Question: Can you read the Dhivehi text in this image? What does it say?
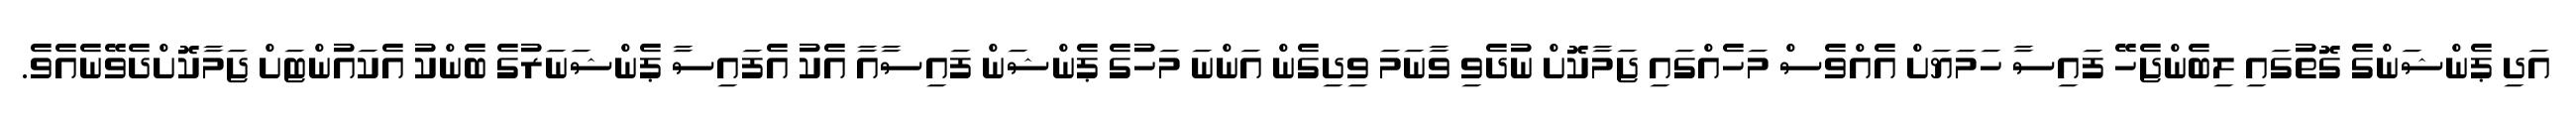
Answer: އަދި ޕެންޝަންގެ ގޮތުގައި ލިބެންޖެހޭ ފައިސާ ހަމަޔަށް އެއްވެސް މަހެއްގައި ޖަމާކޮށް ނުދެވި ވާނަމަ ވިދިގެން އަންނަ މަހުގެ ޕެންޝަން ފައިސާއާ އެކު އެފައިސާ ޕެންޝަނަރުގެ ބެންކު އެކައުންޓަށް ޖަމާކޮށްދެވޭނެއެވެ.